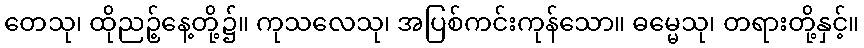
တေသု၊ ထိုညဉ့်နေ့တို့၌။ ကုသလေသု၊ အပြစ်ကင်းကုန်သော။ ဓမ္မေသု၊ တရားတို့နှင့်။